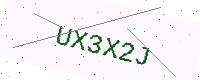
Text: UX3X2J